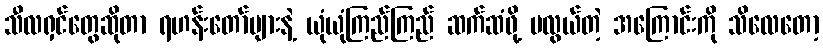
သီလရှင်တွေဆိုတာ ရဟန်းတော်များနဲ့ ယုံယုံကြည်ကြည် ဆက်ဆံဖို့ မလွယ်တဲ့ အကြောင်းကို သိလေတော့